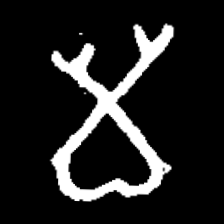
Pyu character \u2014 Myanmar letter: မ (romanized: ma)